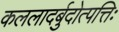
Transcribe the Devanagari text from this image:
कललादर्बुदोत्पत्तिः